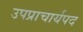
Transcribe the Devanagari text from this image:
उपप्राचार्यपद